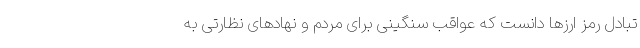
تبادل رمز ارزها دانست که عواقب سنگینی برای مردم و نهادهای نظارتی به